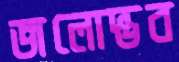
জলোদ্ভব